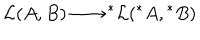
LaTeX: { \cal L } ( A , B ) \longrightarrow \mathrm { } ^ { * } { \cal L } ( \mathrm { } ^ { * } A , \mathrm { } ^ { * } B )